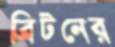
ব্রিটনের